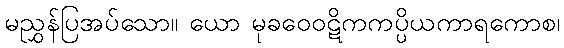
မညွှန်ပြအပ်သော။ ယော မုခဝေဝဋိကကပ္ပိယကာရကောစ၊